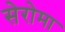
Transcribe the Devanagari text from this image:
सेरोमा